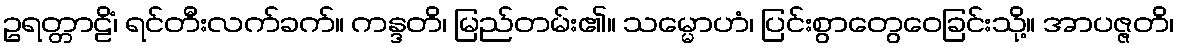
ဥရတ္တာဠိံ၊ ရင်တီးလက်ခက်။ ကန္ဒတိ၊ မြည်တမ်း၏။ သမ္မောဟံ၊ ပြင်းစွာတွေဝေခြင်းသို့။ အာပဇ္ဇတိ၊